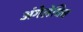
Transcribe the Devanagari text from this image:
अंगेलेविच